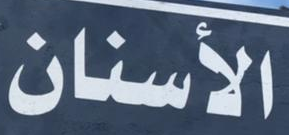
الأسنان